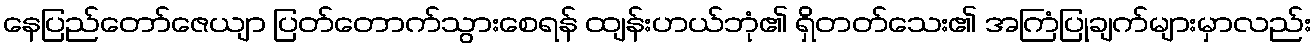
နေပြည်တော်ဇေယျာ ပြတ်တောက်သွားစေရန် ထျန်းဟယ်ဘုံ၏ ရှိတတ်သေး၏ အကြံပြုချက်များမှာလည်း